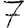
Digit: 7